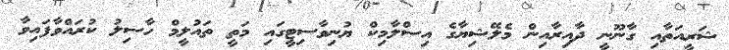
ޝަރީއަތާއި ގާނޫނީ ދާއިރާއިން މެލޭޝިޔާގެ އިސްލާމިކް ޔުނިވާސިޓީގައި މަތީ ތައުލީމް ހާސިލު ކުރައްވާފައިވާ